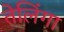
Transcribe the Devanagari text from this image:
तेलिंगा